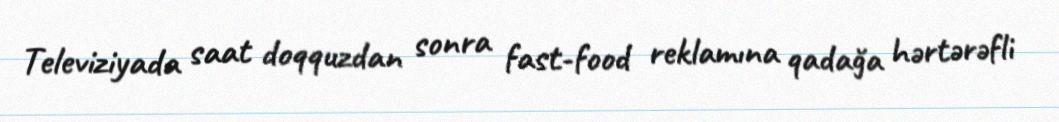
Televiziyada saat doqquzdan sonra fast-food reklamına qadağa hərtərəfli